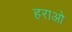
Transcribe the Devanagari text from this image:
हराओ